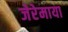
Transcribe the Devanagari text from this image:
जेरेमाया